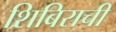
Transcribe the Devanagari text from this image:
शिबिराची